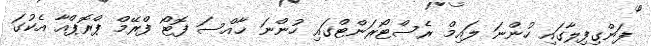
ފަންގިފިލާގައި ހުންނަ ލައިމް ރެސްޓޯރަންޓްގައި ހުންނަ ޚާއްސަ ފޮޓޯ ފްރޭމް ޕްރޮޕްއާ އެކުގަ